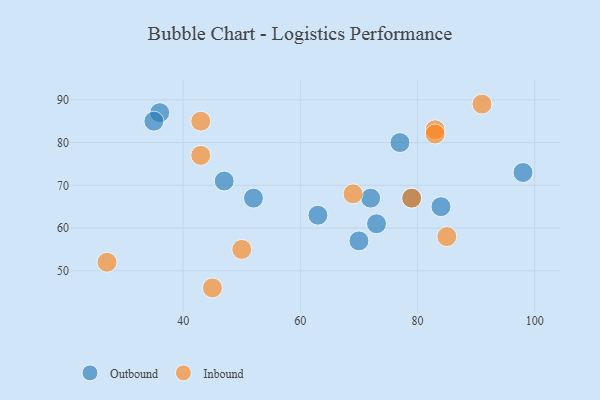
{"axis": {"x": "GDP", "y": "Life Expectancy"}, "legend": ["Inbound", "Outbound"], "data": [{"x": "52", "y": 67, "type": "Outbound"}, {"x": "84", "y": 65, "type": "Outbound"}, {"x": "63", "y": 63, "type": "Outbound"}, {"x": "98", "y": 73, "type": "Outbound"}, {"x": "36", "y": 87, "type": "Outbound"}, {"x": "73", "y": 61, "type": "Outbound"}, {"x": "35", "y": 85, "type": "Outbound"}, {"x": "70", "y": 57, "type": "Outbound"}, {"x": "79", "y": 67, "type": "Outbound"}, {"x": "72", "y": 67, "type": "Outbound"}, {"x": "47", "y": 71, "type": "Outbound"}, {"x": "77", "y": 80, "type": "Outbound"}, {"x": "91", "y": 89, "type": "Inbound"}, {"x": "79", "y": 67, "type": "Inbound"}, {"x": "83", "y": 83, "type": "Inbound"}, {"x": "83", "y": 82, "type": "Inbound"}, {"x": "85", "y": 58, "type": "Inbound"}, {"x": "45", "y": 46, "type": "Inbound"}, {"x": "43", "y": 85, "type": "Inbound"}, {"x": "27", "y": 52, "type": "Inbound"}, {"x": "69", "y": 68, "type": "Inbound"}, {"x": "43", "y": 77, "type": "Inbound"}, {"x": "50", "y": 55, "type": "Inbound"}]}